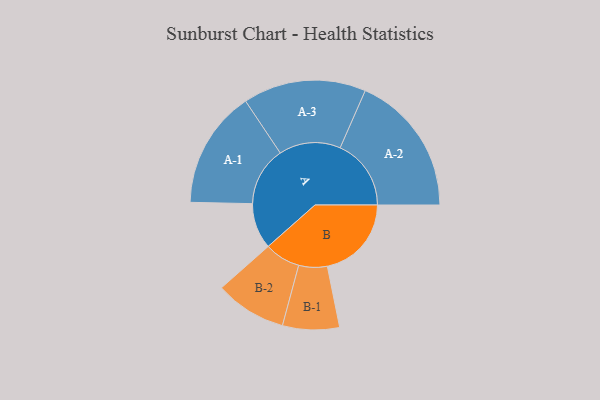
{"axis": {"x": "Segment", "y": "Value"}, "legend": ["", "A", "B"], "data": [{"x": "A", "y": 174, "type": ""}, {"x": "B", "y": 320, "type": ""}, {"x": "A-1", "y": 224, "type": "A"}, {"x": "A-2", "y": 270, "type": "A"}, {"x": "A-3", "y": 234, "type": "A"}, {"x": "B-1", "y": 108, "type": "B"}, {"x": "B-2", "y": 136, "type": "B"}]}